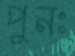
পুনঃ